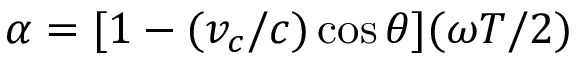
\alpha = [ 1 - ( v _ { c } / c ) \cos \theta ] ( \omega T / 2 )